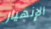
الإنهيار